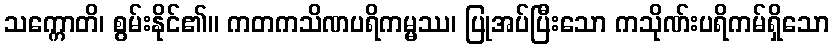
သက္ကောတိ၊ စွမ်းနိုင်၏။ ကတကသိဏပရိကမ္မဿ၊ ပြုအပ်ပြီးသော ကသိုဏ်းပရိကမ်ရှိသော